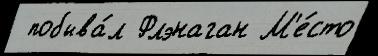
 побыва́л Флэнаган М'е́сто